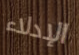
الإدلاء